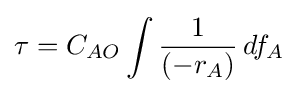
\tau =C_{AO}\int {\frac {1}{(-r_{A})}}\,df_{A}